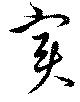
実